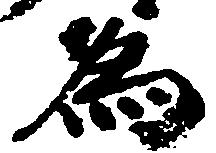
為